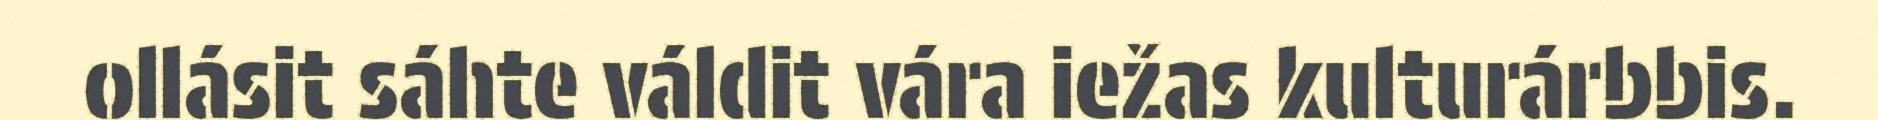
ollásit sáhte váldit vára iežas kulturárbbis.